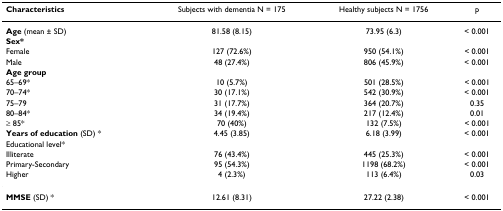
<table><thead><tr><td><b>Characteristics</b></td><td><b>Subjects with dementia N = 175</b></td><td><b>Healthy subjects N = 1756</b></td><td><b>p</b></td></tr></thead><tbody><tr><td><b>Age </b>(mean ± SD)</td><td>81.58 (8.15)</td><td>73.95 (6.3)</td><td>&lt; 0.001</td></tr><tr><td><b>Sex*</b></td><td></td><td></td><td></td></tr><tr><td>Female</td><td>127 (72.6%)</td><td>950 (54.1%)</td><td>&lt; 0.001</td></tr><tr><td>Male</td><td>48 (27.4%)</td><td>806 (45.9%)</td><td>&lt; 0.001</td></tr><tr><td><b>Age group</b></td><td></td><td></td><td></td></tr><tr><td>65–69*</td><td>10 (5.7%)</td><td>501 (28.5%)</td><td>&lt; 0.001</td></tr><tr><td>70–74*</td><td>30 (17.1%)</td><td>542 (30.9%)</td><td>&lt; 0.001</td></tr><tr><td>75–79</td><td>31 (17.7%)</td><td>364 (20.7%)</td><td>0.35</td></tr><tr><td>80–84*</td><td>34 (19.4%)</td><td>217 (12.4%)</td><td>0.01</td></tr><tr><td>≥ 85*</td><td>70 (40%)</td><td>132 (7.5%)</td><td>&lt; 0.001</td></tr><tr><td><b>Years of education </b>(SD) *</td><td>4.45 (3.85)</td><td>6.18 (3.99)</td><td>&lt; 0.001</td></tr><tr><td>Educational level*</td><td></td><td></td><td></td></tr><tr><td>Illiterate</td><td>76 (43.4%)</td><td>445 (25.3%)</td><td>&lt; 0.001</td></tr><tr><td>Primary-Secondary</td><td>95 (54.3%)</td><td>1198 (68.2%)</td><td>&lt; 0.001</td></tr><tr><td>Higher</td><td>4 (2.3%)</td><td>113 (6.4%)</td><td>0.03</td></tr><tr><td><b>MMSE </b>(SD) *</td><td>12.61 (8.31)</td><td>27.22 (2.38)</td><td>&lt; 0.001</td></tr></tbody></table>